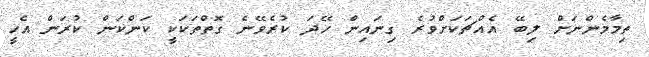
ތިމާމެންނަށް ލިބޭ އެއްޗަކަށްވުރެ ގިނައިން ހޭދަ ކުރެވޭނެ ގޮތްތަކަކީ ކަންކަން ކުރަން އެހީ